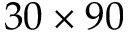
3 0 \times 9 0